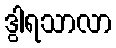
ဒွါရသာလာ